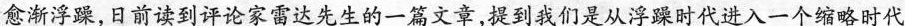
愈渐浮躁，日前读到评论家雷达先生的一篇文章，提到我们是从浮躁时代进入一个缩略时代